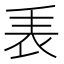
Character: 𧘰